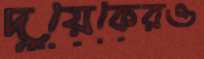
দুয়েকেরও